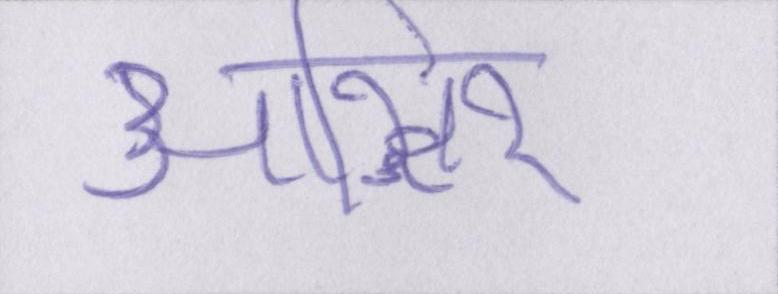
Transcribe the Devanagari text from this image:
आख़िर